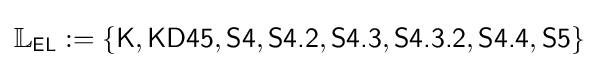
\mathbb {L} _{\textsf {EL}}:=\{{\textsf {K}},{\textsf {KD45}},{\textsf {S4}},{\textsf {S4.2}},{\textsf {S4.3}},{\textsf {S4.3.2}},{\textsf {S4.4}},{\textsf {S5}}\}